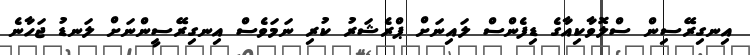
އިނގިރޭސިން ސްލޮވާކިއާގެ ޑިފެންސް ލައިނަށް ޕްރެޝަރު ކުރި ނަމަވެސް އިނގިރޭސީންނަށް ލަނޑު ޖަހާނެ